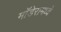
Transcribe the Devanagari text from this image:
मॉडेरामध्ये